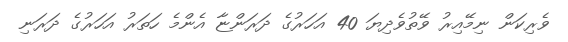
ވެރިކަން ނިމޭއިރު ވޭތުވެދިޔަ 40 އަހަރުގެ ދަރަންޏާ އެންމެ ހަތަރު އަހަރުގެ ދަރަނި